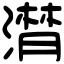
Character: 潸